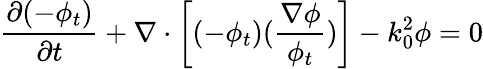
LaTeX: \frac{\partial(-\phi_{t})}{\partial t}+\nabla\cdot\left[(-\phi_{t})(\frac{\nabla\phi}{\phi_{t}})\right]-k_{0}^{2}\phi=0